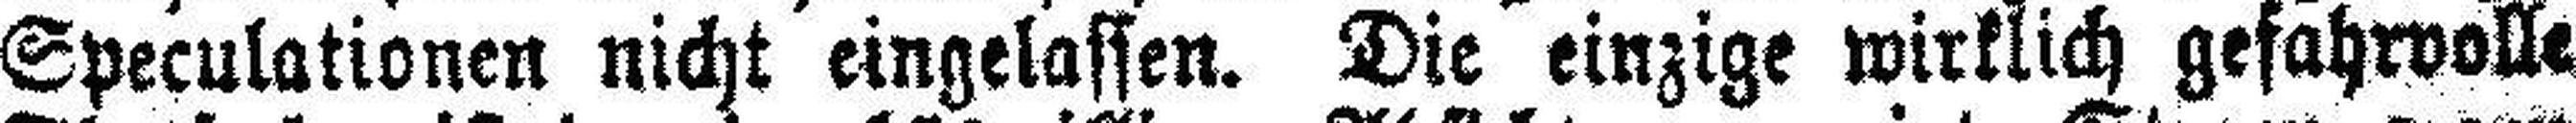
Speculationen nicht eingelassen. Die einzige wirklich gefahrvolle